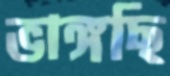
ভাঙ্গছি